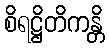
စိရဋ္ဌိတိကန္တိ